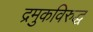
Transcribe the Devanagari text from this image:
द्रमुकविरुद्ध